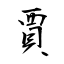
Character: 賈